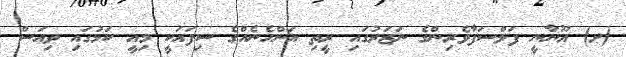
(ށ) ޔޫނާނީ ފަލްސަފާވެރިންގެ ނަޒަރުގައި ރީތި އަންހެނެއްގެ ސިފައަކީ މިއީ ކަމުގައި ވިއަސް